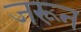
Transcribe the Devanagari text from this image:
जरून